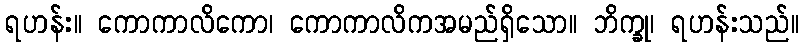
ရဟန်း။ ကောကာလိကော၊ ကောကာလိကအမည်ရှိသော။ ဘိက္ခု၊ ရဟန်းသည်။